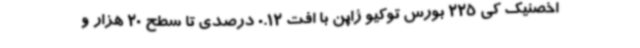
اخصنیک کی 225 بورس توکیو ژاپن با افت 0.12 درصدی تا سطح 20 هزار و